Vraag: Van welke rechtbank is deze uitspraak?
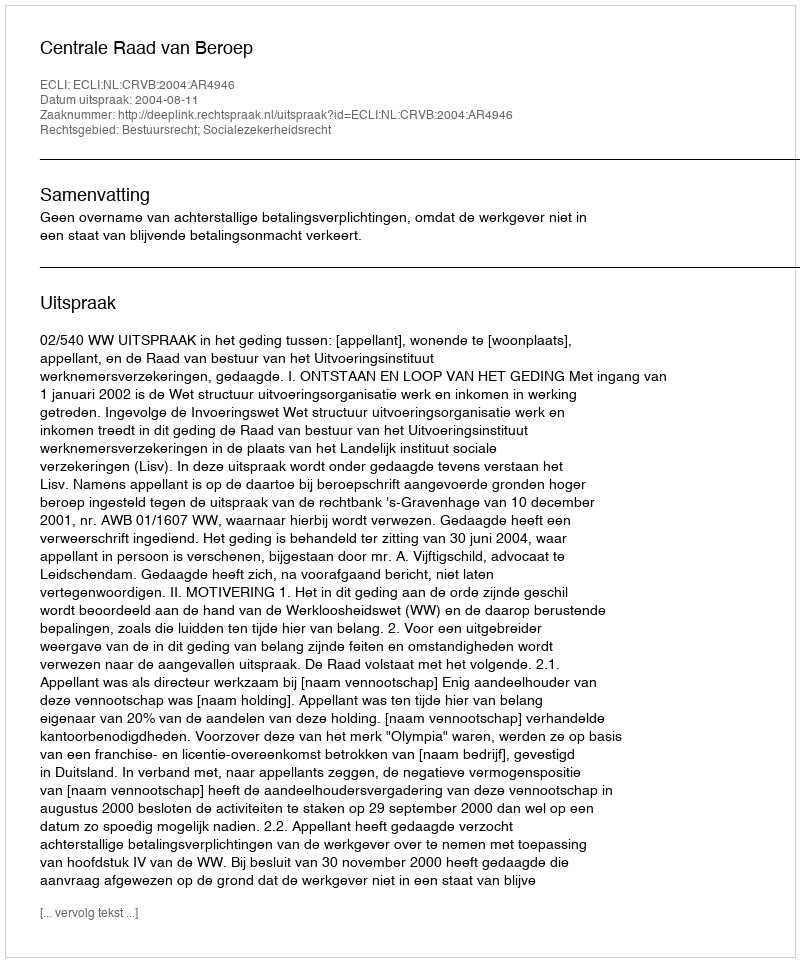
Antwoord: Centrale Raad van Beroep